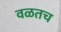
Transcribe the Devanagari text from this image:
वळतच